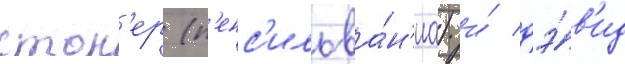
сток'ер (п'енс'ильва́н'иа) и́ дэ́в'ид